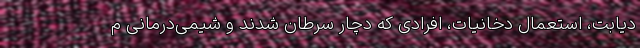
دیابت، استعمال دخانیات، افرادی که دچار سرطان شدند و شیمی‌درمانی م